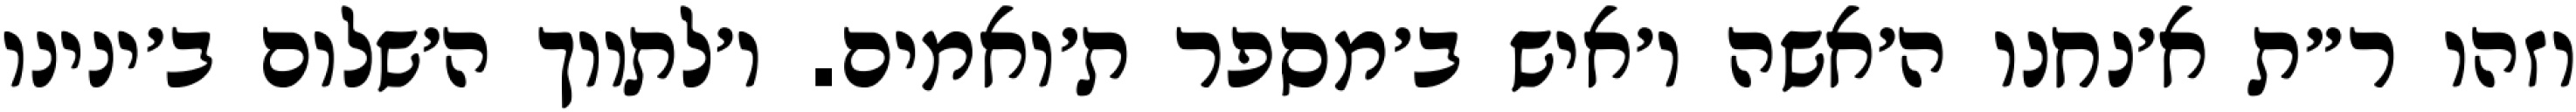
וזהו ר״ת א׳נחנו ה׳אשה ו׳איש ב׳מספר ת׳ואמים. ו׳לתווך ה׳שלום ב׳ינינו